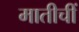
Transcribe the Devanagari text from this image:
मातीचीं